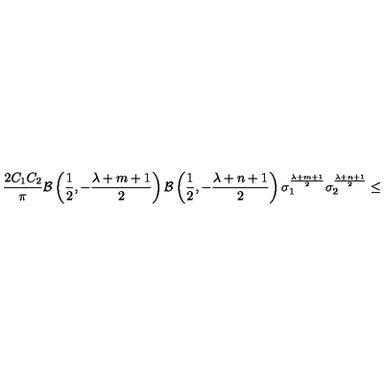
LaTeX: \frac { 2 C _ { 1 } C _ { 2 } } { \pi } { \cal B } \left( \frac { 1 } { 2 } , - \frac { \lambda + m + 1 } { 2 } \right) { \cal B } \left( \frac { 1 } { 2 } , - \frac { \lambda + n + 1 } { 2 } \right) { \sigma } _ { 1 } ^ { \frac { \lambda + m + 1 } { 2 } } { \sigma } _ { 2 } ^ { \frac { \lambda + n + 1 } { 2 } } \leq